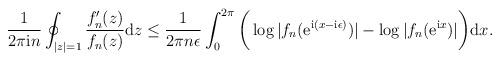
LaTeX: \begin{align*}\frac{1}{2\pi\mathrm{i}n}\oint_{|z|=1}\frac{f'_{n}(z)}{f_{n}(z)} \mathrm{d}z\leq\frac{1}{2\pi n\epsilon}\int_{0}^{2\pi}\bigg(\log|f_{n}(\mathrm{e}^{\mathrm{i}(x-\mathrm{i}\epsilon)})|-\log|f_{n}(\mathrm{e}^{\mathrm{i}x})|\bigg)\mathrm{d}x.\end{align*}